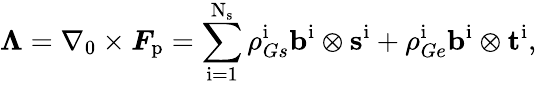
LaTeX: \boldsymbol{\Lambda}=\nabla_{0}\times\boldsymbol{F}_{\mathrm{p}}=\sum_{\mathrm{i}=1}^{\mathrm{N}_{\mathrm{s}}}\rho_{Gs}^{\mathrm{i}}\mathbf{b}^{\mathrm{i}}\otimes\mathbf{s}^{\mathrm{i}}+\rho_{Ge}^{\mathrm{i}}\mathbf{b}^{\mathrm{i}}\otimes\mathbf{t}^{\mathrm{i}}\mathrm{,}